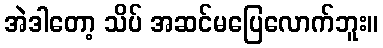
အဲဒါတော့ သိပ် အဆင်မပြေလောက်ဘူး။